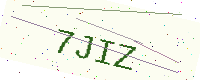
Text: 7JIZ